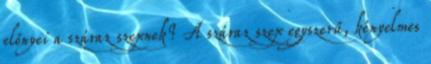
előnyei a száraz szexnek? A száraz szex egyszerű, kényelmes